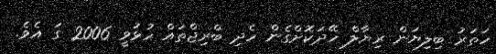
ހަތަރު ބިލިޔަން ރިޔާލް ހޭދަކޮށްގެން ހެދި ބްރިޖްތައް ހުޅުވީ 2006 ގަ އެވެ.